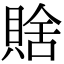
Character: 𧶟